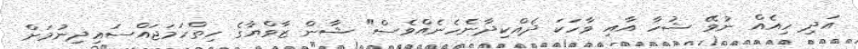
އަދި ހިއެއް ނުވޭ ޝުހާ އާއި ވާހަކަ ދެއްކިދާނެހެނެއްވެސް" ޝާން ޒާވްޔާގެ ހިތްހަމަޖައްސައިދިނުމަށް